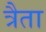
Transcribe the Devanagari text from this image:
त्रैता